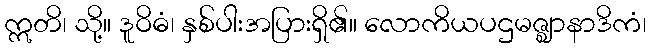
ဣတိ၊ သို့။ ဒူဝိဓံ၊ နှစ်ပါးအပြားရှိ၏။ လောကိယပဌမဇ္ဈာနာဒိကံ၊